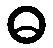
ဓ